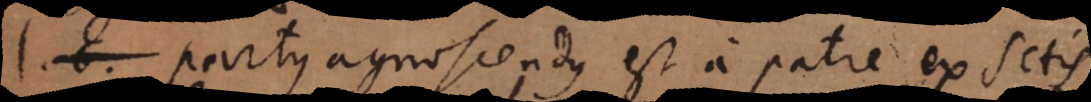
Partus agnoscendus est a patre ex SC